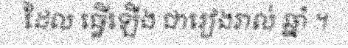
ដែល ធ្វើឡើង ជារៀងរាល់ ឆ្នាំ ។